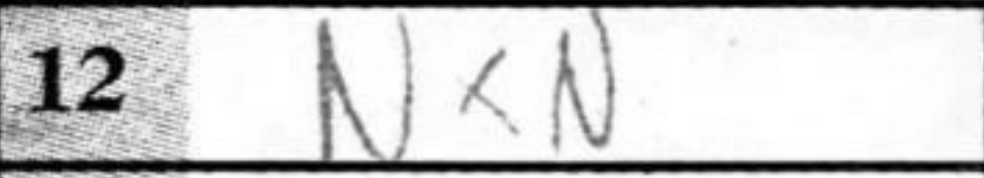
Transcription: NxN